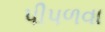
પીપળવા